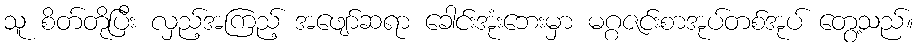
သူ စိတ်တိုပြီး လှည့်အကြည့် အဖျော်ဆရာ ခေါင်းအုံးဘေးမှာ မဂ္ဂဇင်းစာအုပ်တစ်အုပ် တွေ့သည်။